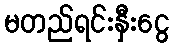
မတည်ရင်းနှီးငွေ